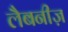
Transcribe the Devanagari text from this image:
लैबनीज़